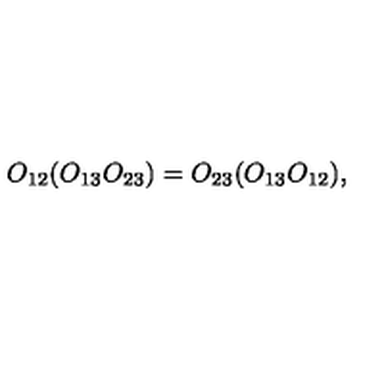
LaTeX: O _ { 1 2 } ( O _ { 1 3 } O _ { 2 3 } ) = O _ { 2 3 } ( O _ { 1 3 } O _ { 1 2 } ) ,